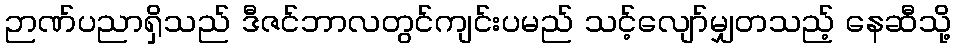
ဉာဏ်ပညာရှိသည် ဒီဇင်ဘာလတွင်ကျင်းပမည် သင့်လျော်မျှတသည့် နေဆီသို့